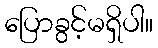
ပြောခွင့်မရှိပါ။